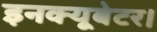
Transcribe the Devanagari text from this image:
इनक्यूबेटर।